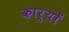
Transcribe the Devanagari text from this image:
कार्योंं